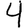
Digit: 4